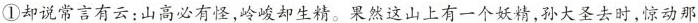
①却说常言有云：山高必有怪，岭峻却生精。果然这山上有一个妖精，孙大圣去时，惊动那